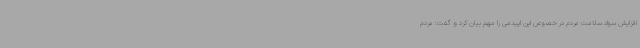
افزایش سواد سلامت مردم در خصوص این اپیدمی را مهم بیان کرد و گفت: مردم